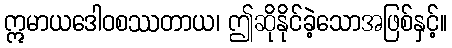
ဣမာယဒေါဝစဿတာယ၊ ဤဆိုနိုင်ခဲ့သောအဖြစ်နှင့်။